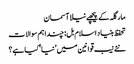
مارگلہ کے پیچھے نیلا آسمان
تحفظ بنیاد اسلام بل: چنداہم سوالات
نئے نیب قوانین میں ’نیا‘ کیا ہے؟